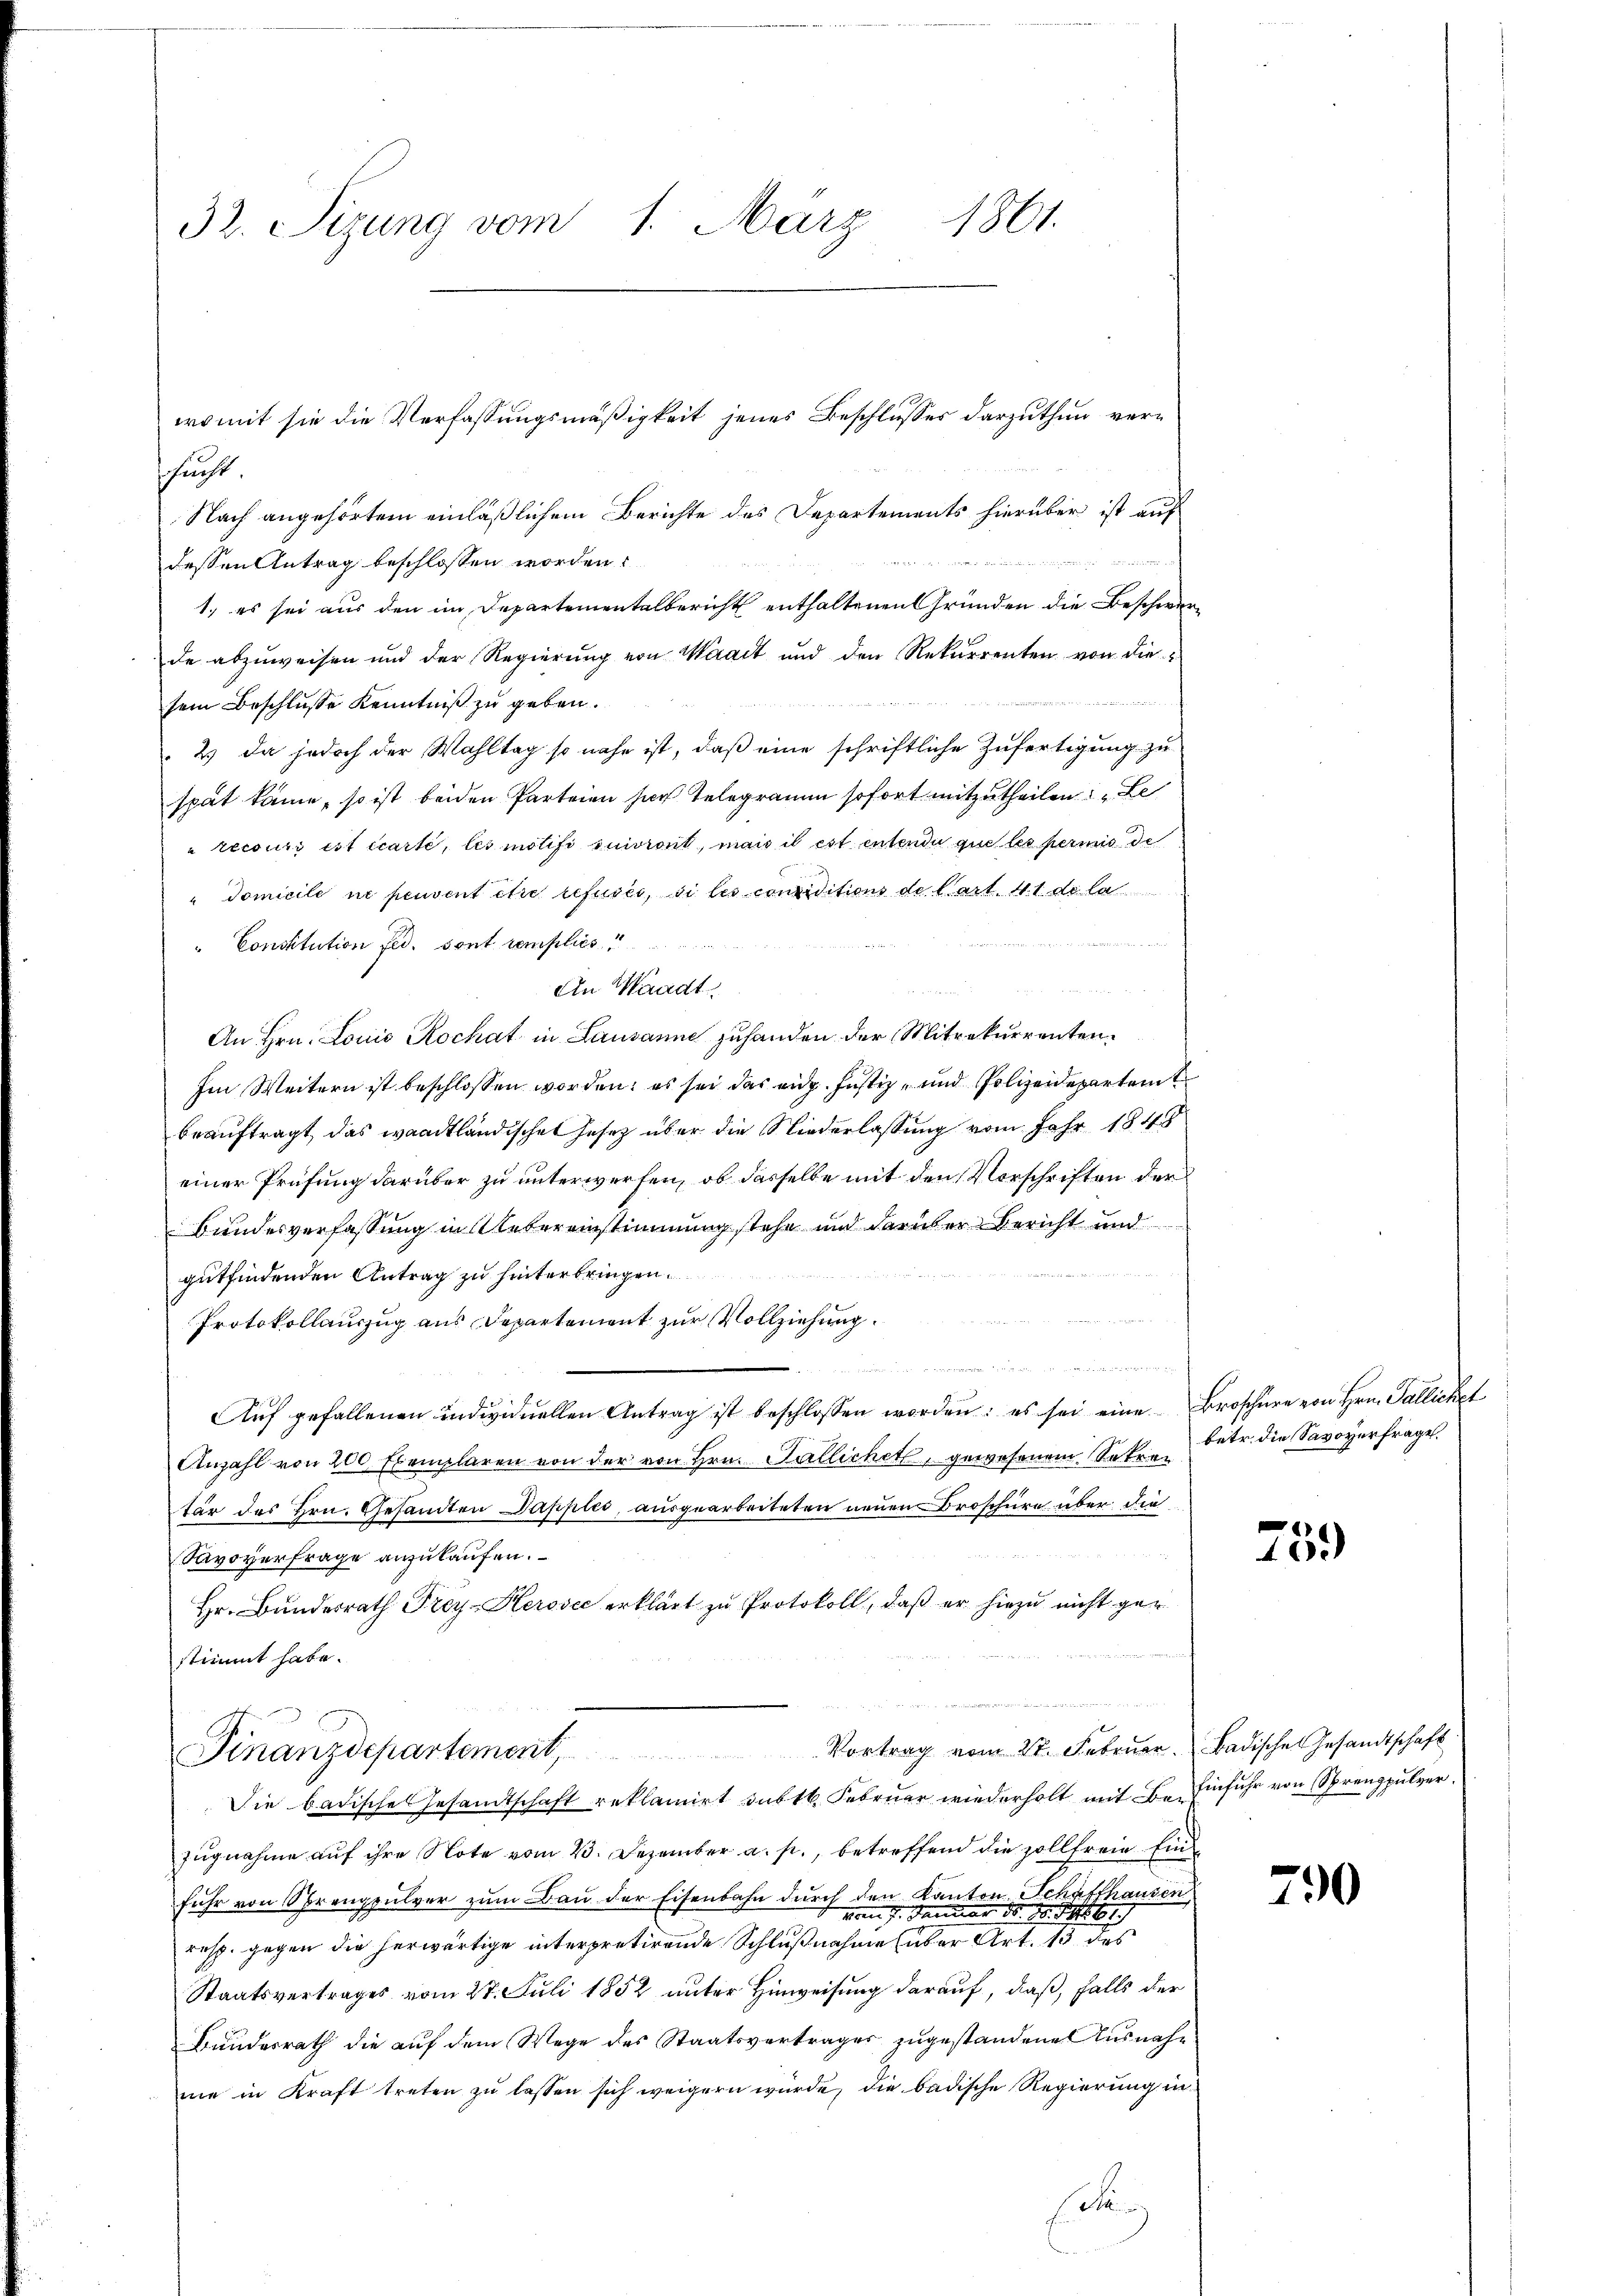
32. Sizung vom 1. März 1861.

womit sie die Verfassungsmäßigkeit jenes Beschlusses darzuthun ver¬

sunst
Nach angehörtem einläßlichem Berichte des Departements hierüber ist auf

dessen Antrag beschlossen worden.
1. es sei aus den im Departementalbericht enthaltenen Gründen die Beschwerde abzuweisen und der Regierung von Waadt und den Rekurrenten von die
sein Beschlusse Kenntniß zu geben.
2) Da jedoch der Wahltag so nahe ist, daß eine schriftliche Zufertigung zu
spät kann, so ist beiden Parteien hoch Telegramm sofort mitzutheilen: „Le
" recours est écarte, les motifi suivront, man il est entende que les permis de
"domicile ne peuvent être refusés, si les conditions de Cart. 41 de la
u
"Constitution fid. sont remplies
An Waadt.
An Hrn. Louis Rochat in Lausanne zuhanden der Mitrekurrenten.
Im Weitern ist beschlossen worden; es sei das eidg. Justiz- und Polizeidepartamt
beauftragt, das waadtländischen Jesez über die Niederlassung vom Jahr 1848
einer Prüfung darüber zu unterwerfen, ob dasselbe mit den Vorschriften der
Bundesverfassung in Uebereinstimmung stehe und darüber Bericht und
gutfindenden Antrag zu hinterbringen.
Protokollauszug aus Departement zur Vollziehung.
u
un
Aŭf gefallenen individuellen Antrag ist beschlossen worden; es sei eine Broschüre von Hrn. Pallichet
Anzahl von 200 Exemplaren von der von Hrn. Fallichet, gewesenem Sekretär des Hrn. Gesandten Dapplii, ausgearbeiteten neuen Broschüre über die
Savoyerfrage anzukaufen.
Hr. Bundesrath Frey-Herosec erklärt zu Protokoll, daß er hiezu nicht ger
stimmt habe.
Vortrag vom 27. Februar. Badischen Gesandtschaft
Finanzdepartement
Die badische Gesandtschaft reklamirt subt. Februar wiederholt mit Einfuhr von Sprengpulver
zugnahme auf ihre Note vom 23. Dezember a. p., betreffend die sollfreie Eind
fuhr von Sprengpulver zum Bau der Eisenbahn durch den Kanton Schaffhausen
 deiner dr. pr. S. 1
resp. gegen die herwärtige interpretirende Schlußnahme (über Art. 13 des
Staatsvertrages vom 27. Juli 1852 unter Hinweisung darauf, daß, falls der
Bundesrath die auf dem Wege des Staatsvertrages zugestandene Ausnahnie in Kraft treten zu lassen sich weigern wurde, die badische Regierung in
de

betr. die Savoyerfrage.

759

790